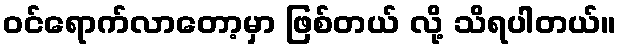
ဝင်ရောက်လာတော့မှာ ဖြစ်တယ် လို့ သိရပါတယ်။